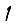
Digit: 1